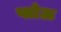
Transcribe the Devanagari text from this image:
प्लोऊ